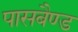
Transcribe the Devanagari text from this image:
पासबैण्ड